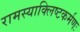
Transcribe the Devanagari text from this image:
रामस्याक्लिष्टकर्मणः